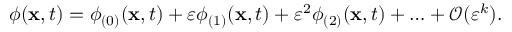
\phi ( \mathbf { x } , t ) = \phi _ { ( 0 ) } ( \mathbf { x } , t ) + \varepsilon \phi _ { ( 1 ) } ( \mathbf { x } , t ) + \varepsilon ^ { 2 } \phi _ { ( 2 ) } ( \mathbf { x } , t ) + \ldots + \mathcal { O } ( \varepsilon ^ { k } ) .